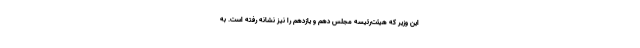
این وزیر‌ که هیئت‌رئیسه مجلس دهم و یازدهم را نیز نشانه رفته است. به